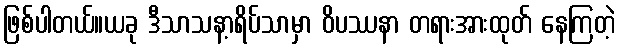
ဖြစ်ပါတယ်။ယခု ဒီသာသနာ့ရိပ်သာမှာ ဝိပဿနာ တရားအားထုတ် နေကြတဲ့